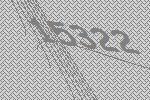
15322